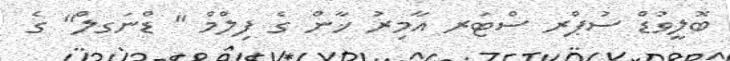
ބޮލީވުޑް ސުޕްރ ސްޓަރ އާމިރު ޚާން ގެ ފިލްމް " ޑްނަގލް" ގެ